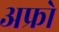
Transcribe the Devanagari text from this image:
अफ्रो